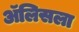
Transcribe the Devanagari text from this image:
ॲलिसला